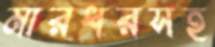
মারধরসহ